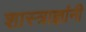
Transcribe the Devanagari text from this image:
शास्त्राज्ञांनी